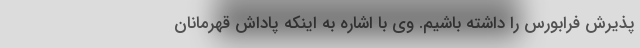
پذیرش فرابورس را داشته باشیم. وی با اشاره به اینکه پاداش قهرمانان